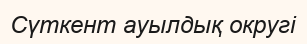
Сүткент ауылдық округі